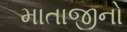
માતાજીનો